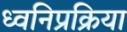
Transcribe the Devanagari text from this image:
ध्वनिप्रक्रिया